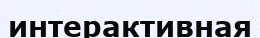
интерактивная